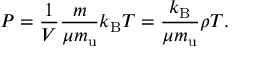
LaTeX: P = { \frac { 1 } { V } } { \frac { m } { \mu m _ { \mathrm { u } } } } k _ { \mathrm { B } } T = { \frac { k _ { \mathrm { B } } } { \mu m _ { \mathrm { u } } } } \rho T .